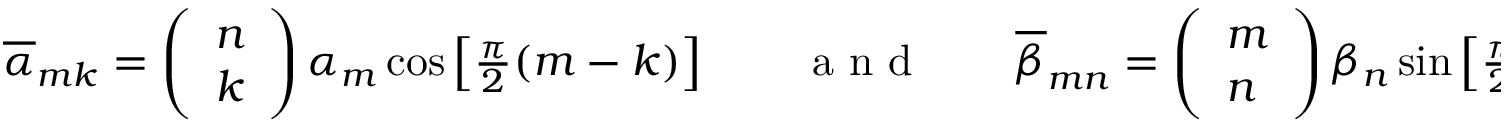
\begin{array} { r } { \overline { { \alpha } } _ { m k } = \left( \begin{array} { l } { n } \\ { k } \end{array} \right) \alpha _ { m } \cos \left[ \frac { \pi } { 2 } ( m - k ) \right] \qquad \mathrm { ~ a ~ n ~ d ~ } \qquad \overline { { \beta } } _ { m n } = \left( \begin{array} { l } { m } \\ { n } \end{array} \right) \beta _ { n } \sin \left[ \frac { \pi } { 2 } ( m - n ) \right] . } \end{array}